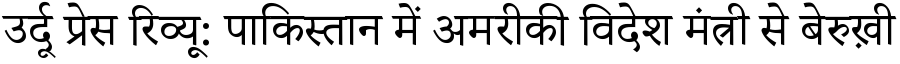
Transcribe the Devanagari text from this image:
उर्दू प्रेस रिव्यू: पाकिस्तान में अमरीकी विदेश मंत्री से बेरुख़ी